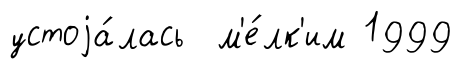
устоjа́лась м'е́лк'им 1999